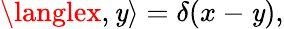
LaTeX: \langlex,\mathit{y}\rangle=\delta(x-\mathit{y}),